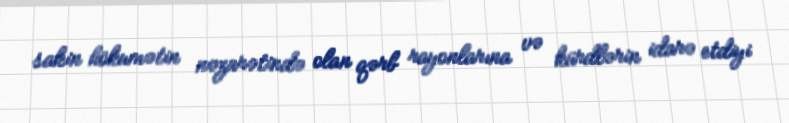
sakin hökumətin nəzarətində olan qərb rayonlarına və kürdlərin idarə etdiyi